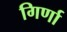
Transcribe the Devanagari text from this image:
गिर्णा